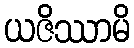
ယဇိဿာမိ